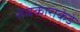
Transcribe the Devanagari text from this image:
संघकाराकडे